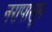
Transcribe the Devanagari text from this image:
नरापासून